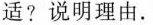
适?说明理由.